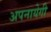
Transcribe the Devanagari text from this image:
अपनायेगी